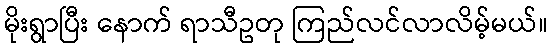
မိုးရွာပြီး နောက် ရာသီဥတု ကြည်လင်လာလိမ့်မယ်။